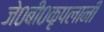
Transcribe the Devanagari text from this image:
जे०बी०कृपलानी